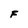
Character: F